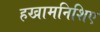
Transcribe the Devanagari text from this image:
हखामनिशिए